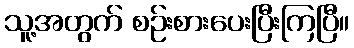
သူ့အတွက် စဉ်းစားပေးပြီးကြပြီ။